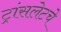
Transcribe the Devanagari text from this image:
ट्रांसलेटचे